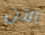
الآن